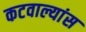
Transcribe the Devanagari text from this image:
कटवाल्यांस